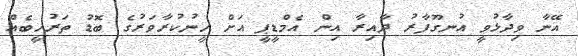
އޭނާ ވިދާޅުވީ އުނގޫފާރު ދާއިރާ އިން އެމްޑީޕީ އަށް ހީނުކުރާވަރުގެ ބޮޑު ތަރުހީބެއް